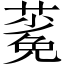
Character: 𬞎